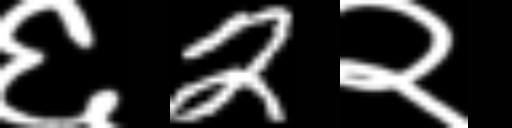
Text: ६2२